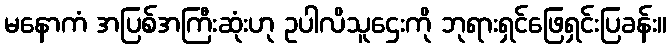
မနောကံ အပြစ်အကြီးဆုံးဟု ဥပါလိသူဌေးကို ဘုရားရှင်ဖြေရှင်းပြခန်း။